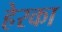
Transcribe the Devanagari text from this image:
हेरका